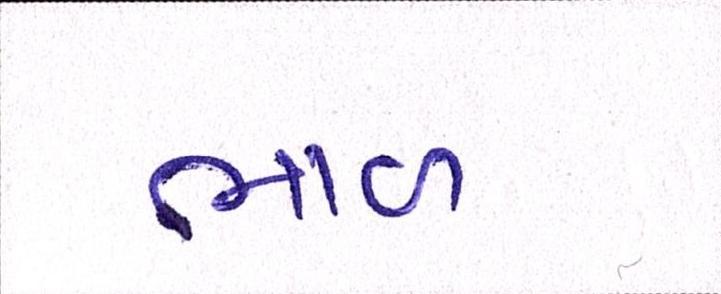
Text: ભાળ